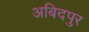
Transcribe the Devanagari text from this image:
अबिदपुर